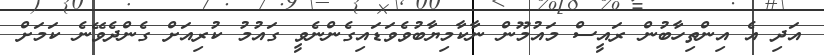
އަދި އެ އިންތިހާބުން ރައީސް މައުމޫން ނާކާމިޔާބުވެވަޑައިގެންނެވީ ގައުމު ކުރިއަށް ގެންދެވޭނެ ކަމަށް